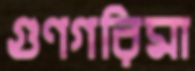
গুণগরিমা